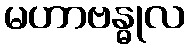
မဟာဗန္ဓုလ